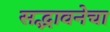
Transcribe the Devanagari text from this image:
सद्भावनेचा